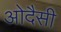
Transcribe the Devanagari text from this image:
ओदैसी